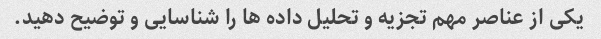
یکی از عناصر مهم تجزیه و تحلیل داده ها را شناسایی و توضیح دهید.